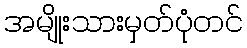
အမျိုးသားမှတ်ပုံတင်